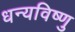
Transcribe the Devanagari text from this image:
धन्यविष्णु